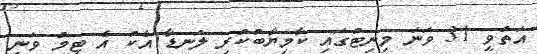
އަތުވީ 31 ވަނަ މިނިޓުގައި ކާމިޔާބުކުރި ލަނޑާ އެކު އެ ޓީމު ވަނީ